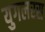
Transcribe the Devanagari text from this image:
युगलरस